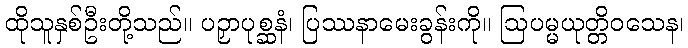
ထိုသူနှစ်ဦးတို့သည်။ ပဉှာပုစ္ဆနံ၊ ပြဿနာမေးခွန်းကို။ ဩပမ္မယုတ္တိဝသေန၊